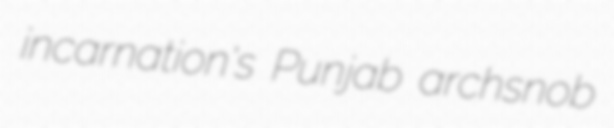
incarnation's Punjab archsnob